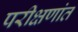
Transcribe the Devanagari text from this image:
परीक्षणांत